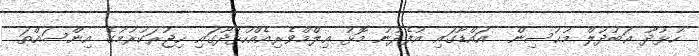
ހުޅުދޫ ޢަބުދުލް މުޙުސިން  އައްޑޫގައި އުފެދުނު މޮޅު ޢިލްމްވެރިއެއްހުޅުދޫގައި ހިޖުރަކުރުމުގެ އިންސައްތަ